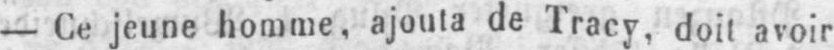
- Ce jeune homme, ajouta de Tracy, doit avoir